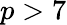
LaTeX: p>7